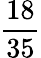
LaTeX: \frac{18}{35}